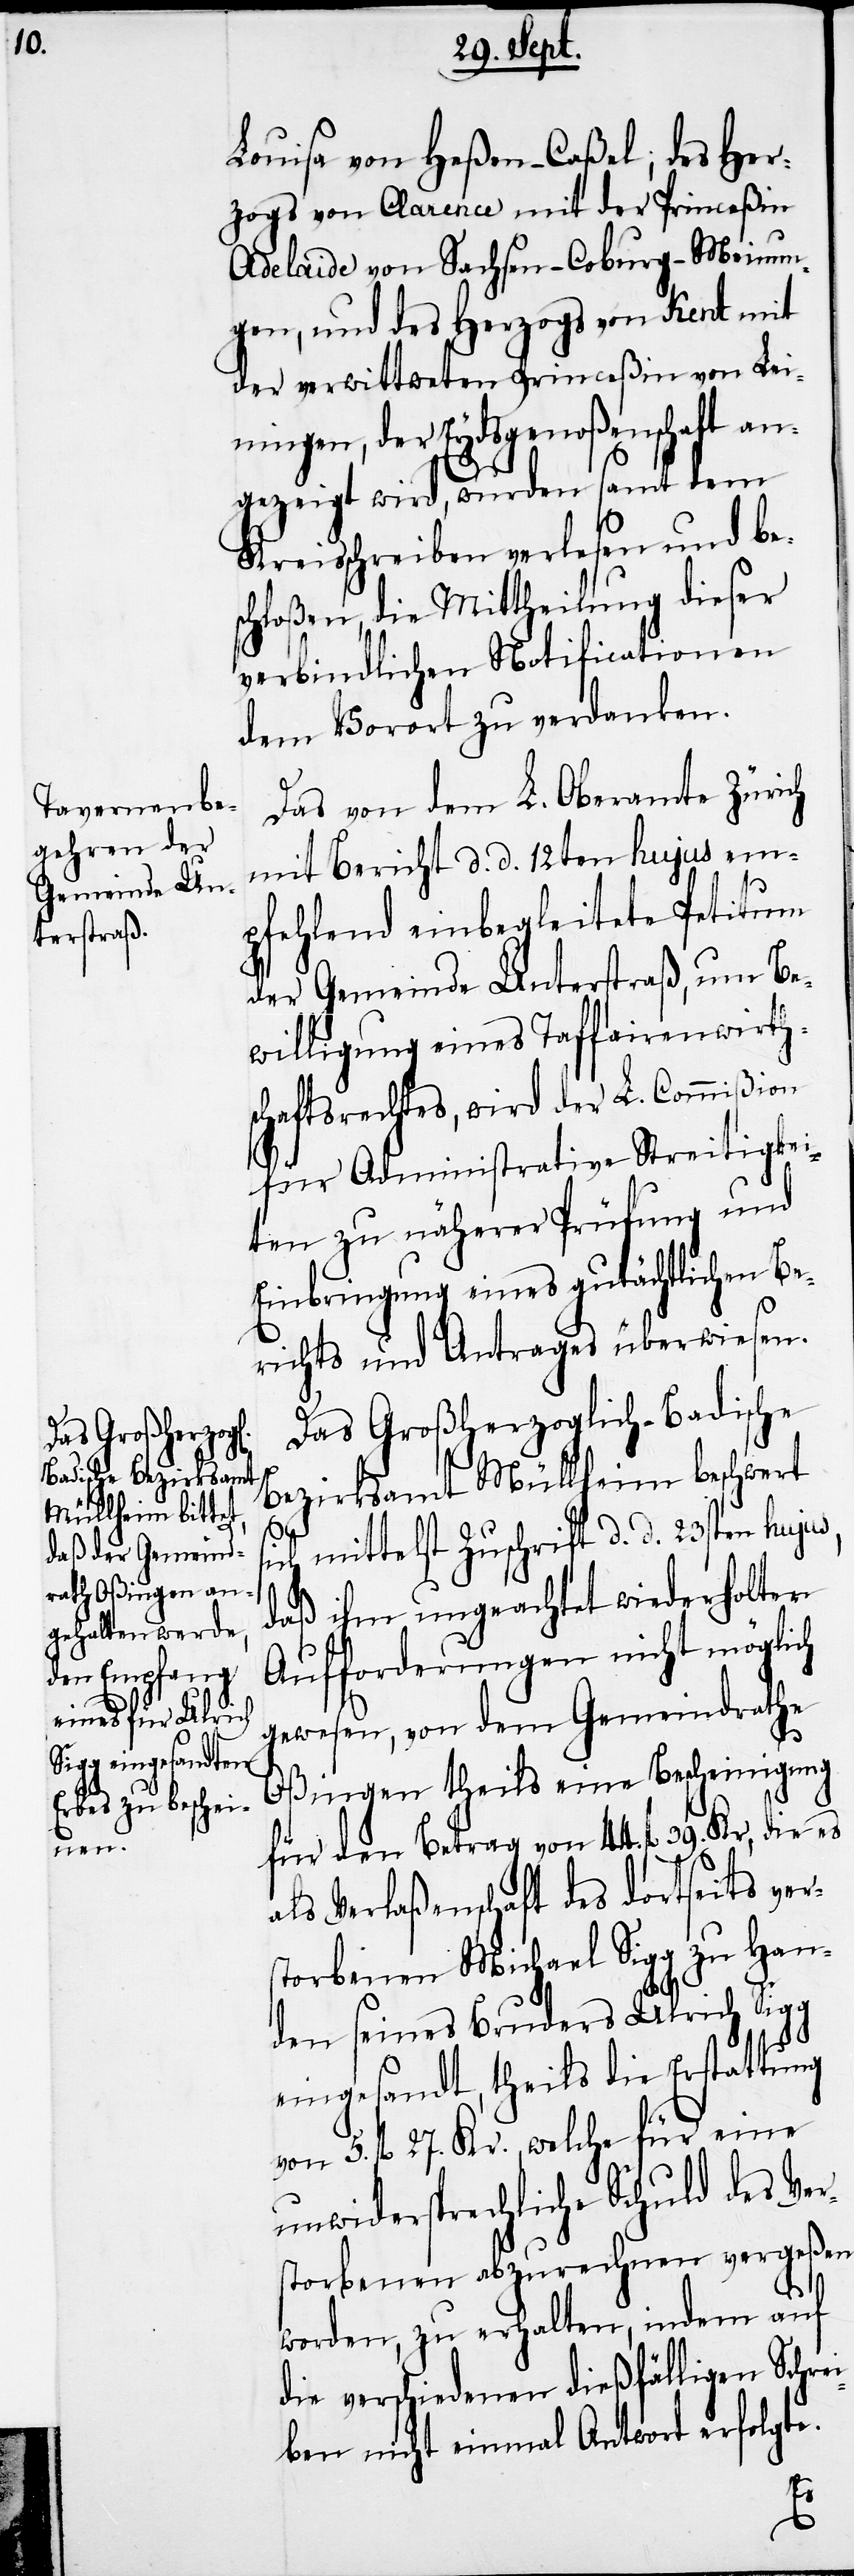
Louisa von Heßen-Caßel; des Her¬
zogs von Clarence mit der Princeßin
Adelaide von Sachsen-Coburg-Meinun¬
gen, und des Herzogs von Kent mit
der verwittweten Princeßin von Lei¬
ningen, der Eydsgenoßenschaft an¬
gezeigt wird, wurden samt dem
Kreisschreiben verlesen und bes¬
chloßen, die Mittheilung dieser
verbindlichen Notificationen
dem Vorort zu verdanken.
Das von dem L. Oberamte Zürich
mit Bericht d. d. 12ten hujus em¬
pfehlend einbegleitete Petitum
der Gemeinde Unterstraß, um Be¬
willigung eines Taffairenwirths¬
chaftsrechtes, wird der L. Commißion
für Administrative Streitigkei¬
ten zu näherer Prüfung und
Einbringung eines gutächtlichen Be¬
richts und Antrages überwiesen.
Das Großherzoglich-Badische
Bezirksamt Müllheim beschwert
ch mittelst Zuschrift d. d. 23sten huju¬
daß ihm ungeachtet wiederholter
Aufforderungen nicht möglich
gewesen, von dem Gemeindrathe
Oßingen theils eine Bescheinigung
für den Betrag von 44. fl 39. Kr, die es
als Verlaßenschaft des dortseits vers¬
torbenen Michael Sigg zu Han¬
den seines Bruders Ulrich Sigg
eingesandt, theils die Erstattung
von 5. fl 27. Kr., welche für eine
unwidersprechliche Schuld des Ver¬
storbenen abzurechnen vergeßen
worden, zu erhalten, indem auf
die verschiedenen dießfälligen Schrei¬
ben nicht einmal Antwort erfolgte.
s,